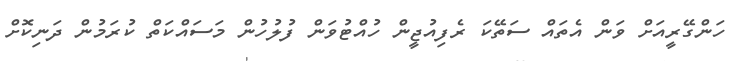
ހަންގޭރީއަށް ވަން އެތައް ސަތޭކަ ރެފިއުޖީން ހުއްޓުވަން ފުލުހުން މަސައްކަތް ކުރަމުން ދަނިކޮށް